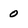
Character: 0